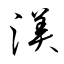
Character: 渼